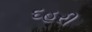
દહરી